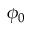
\phi _ { 0 }